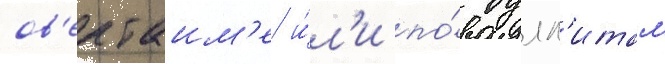
ов'ертаим'е и́л'и по́ булл'итам